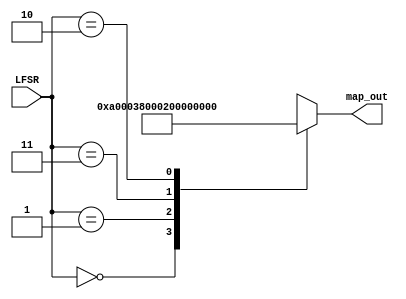
module mapper_in (
    input [1:0] LFSR,
    output reg signed [17:0] map_out
    );

always @ (LFSR) begin
    case(LFSR)
        2'b00   : map_out = -18'sd98304;
        2'b01   : map_out = -18'sd32768;
        2'b11   : map_out = 18'sd32768;
        2'b10   : map_out = 18'sd98304;
    endcase
end


endmodule


module mapper_ref (
    input [1:0] slice,
    input signed [17:0] ref_lvl,
    output reg signed [17:0] map_out
    );


//ref_lvl = 2b (1s17); LS by 1 bit is division by 2 
(* keep *) reg signed [17:0] b;
(* keep *) reg signed [35:0] mult_out;

always @ *
    b = $signed(ref_lvl >>> 1);
	 
//3*2^15
always @ *
    mult_out = b * 18'sd98304;

always @ * begin
    case(slice)
        2'b00   : map_out = -$signed(mult_out[32:15]);
        2'b01   : map_out = -$signed(b);
        2'b11   : map_out = b;
        2'b10   : map_out = $signed(mult_out[32:15]);
    endcase
end


endmodule